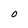
Character: O